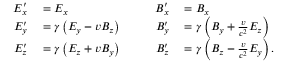
\begin{array} { r l r l } { E _ { x } ^ { \prime } } & { { } = E _ { x } } & { \qquad B _ { x } ^ { \prime } } & { { } = B _ { x } } \\ { E _ { y } ^ { \prime } } & { { } = \gamma \left( E _ { y } - v B _ { z } \right) } & { B _ { y } ^ { \prime } } & { { } = \gamma \left( B _ { y } + { \frac { v } { c ^ { 2 } } } E _ { z } \right) } \\ { E _ { z } ^ { \prime } } & { { } = \gamma \left( E _ { z } + v B _ { y } \right) } & { B _ { z } ^ { \prime } } & { { } = \gamma \left( B _ { z } - { \frac { v } { c ^ { 2 } } } E _ { y } \right) . } \end{array}